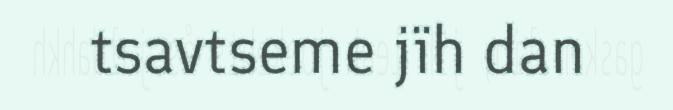
tsavtseme jïh dan